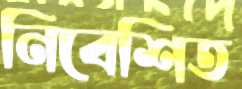
নিবেশিত